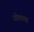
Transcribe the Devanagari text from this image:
उत्रेचच्या